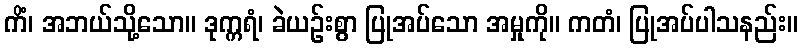
ကိံ၊ အဘယ်သို့သော။ ဒုက္ကရံ၊ ခဲယဉ်းစွာ ပြုအပ်သော အမှုကို။ ကတံ၊ ပြုအပ်ပါသနည်း။